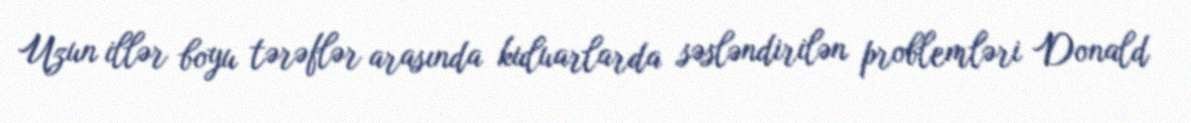
Uzun illər boyu tərəflər arasında kuluarlarda səsləndirilən problemləri Donald